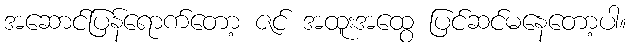
အဆောင်ပြန်ရောက်တော့ ဇင် အထူးအထွေ ပြင်ဆင်မနေတော့ပါ။